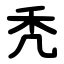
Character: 秃